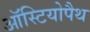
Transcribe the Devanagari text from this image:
ऑस्टियोपैथ